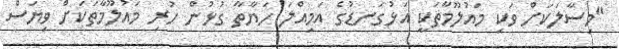
"މިސާލަކަށް ވަކި މައުލޫމާތަކީ އަޅުގަނޑުގެ އަމިއްލަ ހަޔާތާ ގުޅުން ހުރި މައުލޫމާތަކަށް ވިޔަސް